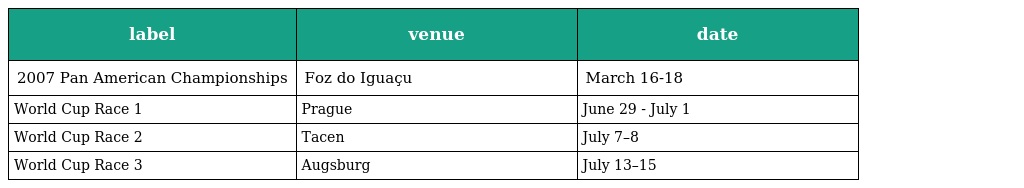
| label | venue | date |
 | --- | --- | --- |
 | 2007 Pan American Championships | Foz do Iguaçu | March 16-18 |
 | World Cup Race 1 | Prague | June 29 - July 1 |
 | World Cup Race 2 | Tacen | July 7–8 |
 | World Cup Race 3 | Augsburg | July 13–15 |